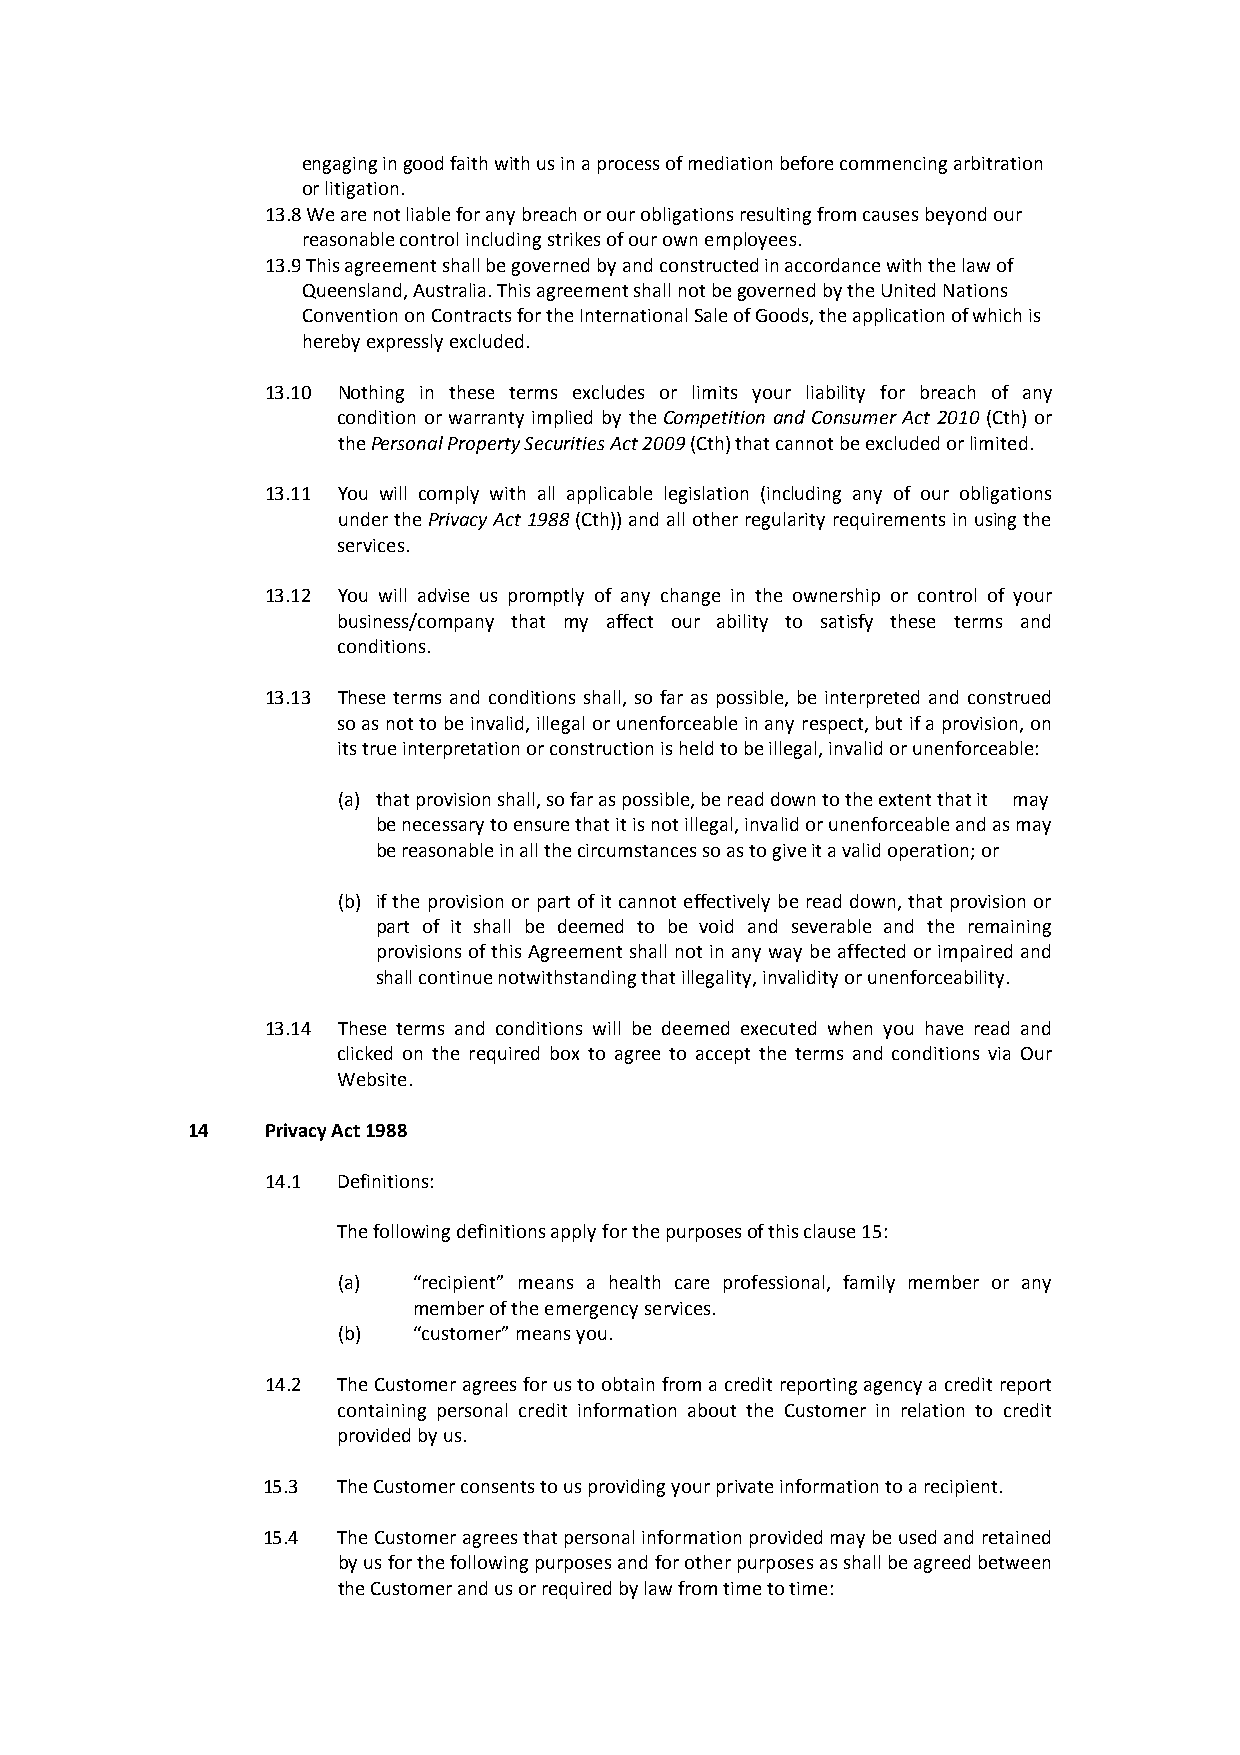
engaging in good faith with us in a process of mediation before commencing arbitration
 or litigation.
 13.8 We are not liable for any breach or our obligations resulting from causes beyond our
 reasonable control including strikes of our own employees.
 13.9 This agreement shall be governed by and constructed in accordance with the law of
 Queensland, Australia. This agreement shall not be governed by the United Nations
 Convention on Contracts for the International Sale of Goods, the application of which is
 hereby expressly excluded.
 13.10 Nothing in these terms excludes or limits your liability for breach of any
 condition or warranty implied by the Competition and Consumer Act 2010 (Cth) or
 the Personal Property Securities Act 2009 (Cth) that cannot be excluded or limited.
 13.11 You will comply with all applicable legislation (including any of our obligations
 under the Privacy Act 1988 (Cth)) and all other regularity requirements in using the
 services.
 13.12 You will advise us promptly of any change in the ownership or control of your
 business/company that my affect our ability to satisfy these terms and
 conditions.
 13.13 These terms and conditions shall, so far as possible, be interpreted and construed
 so as not to be invalid, illegal or unenforceable in any respect, but if a provision, on
 its true interpretation or construction is held to be illegal, invalid or unenforceable:
 (a) that provision shall, so far as possible, be read down to the extent that it may
 be necessary to ensure that it is not illegal, invalid or unenforceable and as may
 be reasonable in all the circumstances so as to give it a valid operation; or
 (b) if the provision or part of it cannot effectively be read down, that provision or
 part of it shall be deemed to be void and severable and the remaining
 provisions of this Agreement shall not in any way be affected or impaired and
 shall continue notwithstanding that illegality, invalidity or unenforceability.
 13.14 These terms and conditions will be deemed executed when you have read and
 clicked on the required box to agree to accept the terms and conditions via Our
 Website.
 14    Privacy Act 1988
 14.1 Definitions:
 The following definitions apply for the purposes of this clause 15:
 (a)  “recipient” means a health care professional, family member or any
 member of the emergency services.
 (b)  “customer” means you.
 14.2 The Customer agrees for us to obtain from a credit reporting agency a credit report
 containing personal credit information about the Customer in relation to credit
 provided by us.
 15.3 The Customer consents to us providing your private information to a recipient.
 15.4 The Customer agrees that personal information provided may be used and retained
 by us for the following purposes and for other purposes as shall be agreed between
 the Customer and us or required by law from time to time: